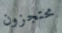
محتجزون